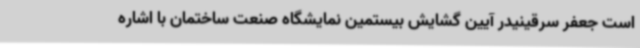
است جعفر سرقینیدر آیین گشایش بیستمین نمایشگاه صنعت ساختمان با اشاره